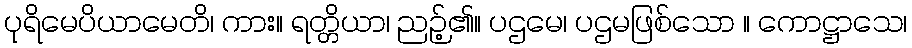
ပုရိမေပိယာမေတိ၊ ကား။ ရတ္တိယာ၊ ညဉ့်၏။ ပဌမေ၊ ပဌမဖြစ်သော ။ ကောဋ္ဌာသေ၊